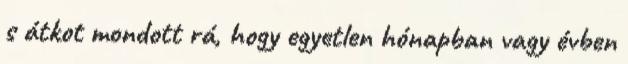
s átkot mondott rá, hogy egyetlen hónapban vagy évben